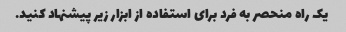
یک راه منحصر به فرد برای استفاده از ابزار زیر پیشنهاد کنید.